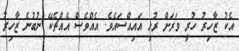
އެކު ޒާހިރު ހުރީ ވަރަށް ރުޅި އައިއްސައެވެ. އެއްވެސް އެއްޗެކޭ ނުބުނެ ޒާހިރު